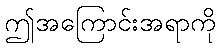
ဤအကြောင်းအရာကို